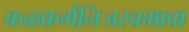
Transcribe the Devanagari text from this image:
कळकर्मनिजस्वभावा